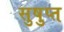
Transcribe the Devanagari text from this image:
सुषुप्‍त